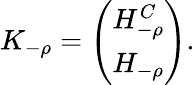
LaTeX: K_{-\rho}=\left(\begin{array}{c}{{H_{-\rho}^{C}}}\\ {{H_{-\rho}}}\end{array}\right).